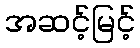
အဆင့်မြင့်